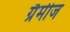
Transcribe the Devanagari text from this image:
ग्रैमीज